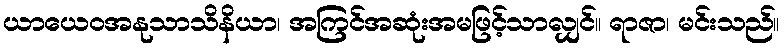
ယာယေဝအနုသာသိနိယာ၊ အကြင်အဆုံးအမဖြင့်သာလျှင်။ ရာဇာ၊ မင်းသည်။